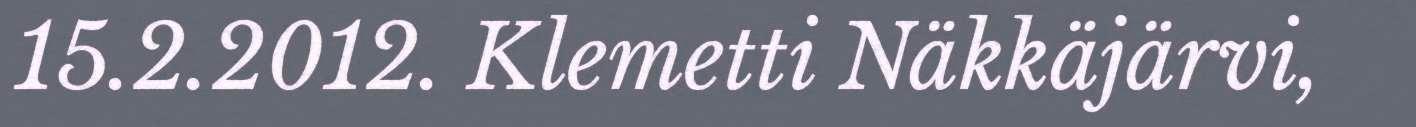
15.2.2012. Klemetti Näkkäjärvi,